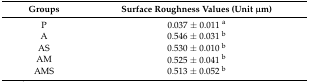
<table><thead><tr><td><b>Groups</b></td><td><b>Surface Roughness Values (Unit μm)</b></td></tr></thead><tbody><tr><td>P</td><td>0.037 ± 0.011 <sup>a</sup></td></tr><tr><td>A</td><td>0.546 ± 0.031 <sup>b</sup></td></tr><tr><td>AS</td><td>0.530 ± 0.010 <sup>b</sup></td></tr><tr><td>AM</td><td>0.525 ± 0.041 <sup>b</sup></td></tr><tr><td>AMS</td><td>0.513 ± 0.052 <sup>b</sup></td></tr></tbody></table>